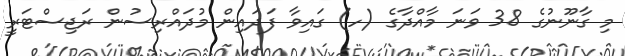
މި ގާނޫނުގެ 38 ވަނަ މާއްދާގެ (ހ) ގައިވާ ފަދައިން މުދައްރިސުން ރަޖިސްޓަރީ